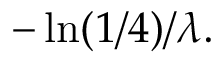
- \ln ( 1 / 4 ) / \lambda .